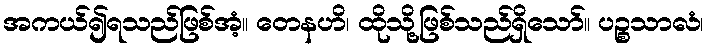
အကယ်၍ရသည်ဖြစ်အံ့။ တေနဟိ၊ ထိုသို့ဖြစ်သည်ရှိသော်။ ပဉ္စသာလံ၊